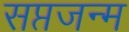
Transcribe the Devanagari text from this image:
सप्तजन्म